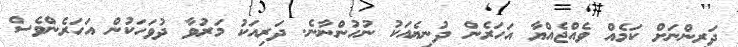
ދަރިންނަށް ކަމެއް ވެއްޖެއްޔާ އަހަރެން ދުނިޔެއަކު ނުހުންނާނެ. ދަރިއަކު މަރުވާ ދުވަހަކުން އަހަރެންވެސް